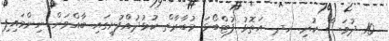
10 ދުވަސް ކުރި. ހދ. އަތޮޅު ފުޓްބޯޅަ މުބާރާތް ކުޅުދުއްފުށީގައި ބާއްވަން ނިންމައިފި